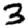
Digit: 3